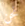
نحن